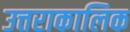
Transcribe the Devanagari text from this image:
उत्तराकालिक